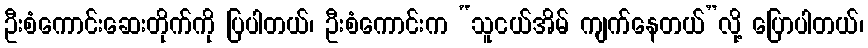
ဦးစံကောင်းဆေးတိုက်ကို ပြပါတယ်၊ ဦးစံကောင်းက “သူငယ်အိမ် ကျက်နေတယ်”လို့ ပြောပါတယ်၊